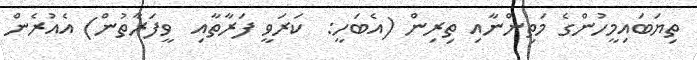
ތިޔަބައިމީހުންގެ މަތިންނާއި ތިރިން (އެބަހީ:  ކަރަވީ ފަރާތާއި  ވީފަރާތުން) އެއުރެން